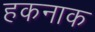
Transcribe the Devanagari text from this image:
हकनाक